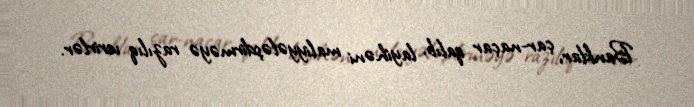
Banklar, çar-naçar qalıb, layihəni maliyyələşdirməyə razılıq verirlər.